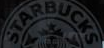
STARBUCKS